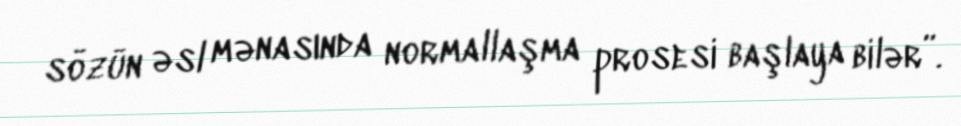
sözün əsl mənasında normallaşma prosesi başlaya bilər”.